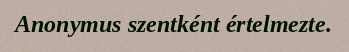
Anonymus szentként értelmezte.